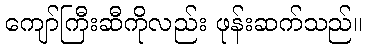
ကျော်ကြီးဆီကိုလည်း ဖုန်းဆက်သည်။